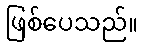
ဖြစ်ပေသည်။